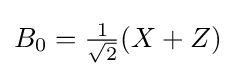
{\textstyle B_{0}={\frac {1}{\sqrt {2}}}(X+Z)}